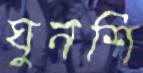
ঘুনশি